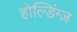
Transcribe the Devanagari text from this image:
होल्डिंग्ज़